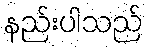
နည်းပါသည်